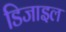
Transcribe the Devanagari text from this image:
डिजाइल